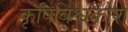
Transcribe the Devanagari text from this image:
कृषिविश्वकोश